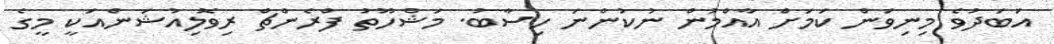
އަބަދުވެ މިނިވަން ކަމަށް އާއްމުން ނުކުންނަ ހިސާބު. މަޝްހޫތު ފްރެންޗް ރިވޮލިއުޝަންއަކީ މީގެ